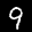
Label: 9